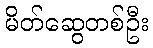
မိတ်ဆွေတစ်ဦး